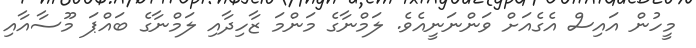
މީހުން އައިސް އެގެއަށް ވަންނަނީއެވެ. ލަމްނާގެ މަންމަ ޒާހިދާއި ލަމްނާގެ ބައްޕަ މޫސާއާއި